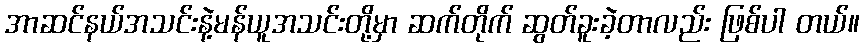
အာဆင်နယ်အသင်းနဲ့မန်ယူအသင်းတို့မှာ ဆက်တိုက် ဆွတ်ခူးခဲ့တာလည်း ဖြစ်ပါ တယ်။